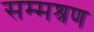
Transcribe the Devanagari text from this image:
सम्मश्रण